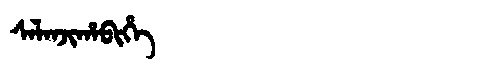
Manchu: ᠰᠠᠯᠠᠨᠵᡳᡥᠠᠪᡳᡥᡝ
Romanization: SALANJIHABIHE